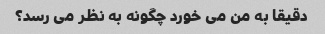
دقیقا به من می خورد چگونه به نظر می رسد؟